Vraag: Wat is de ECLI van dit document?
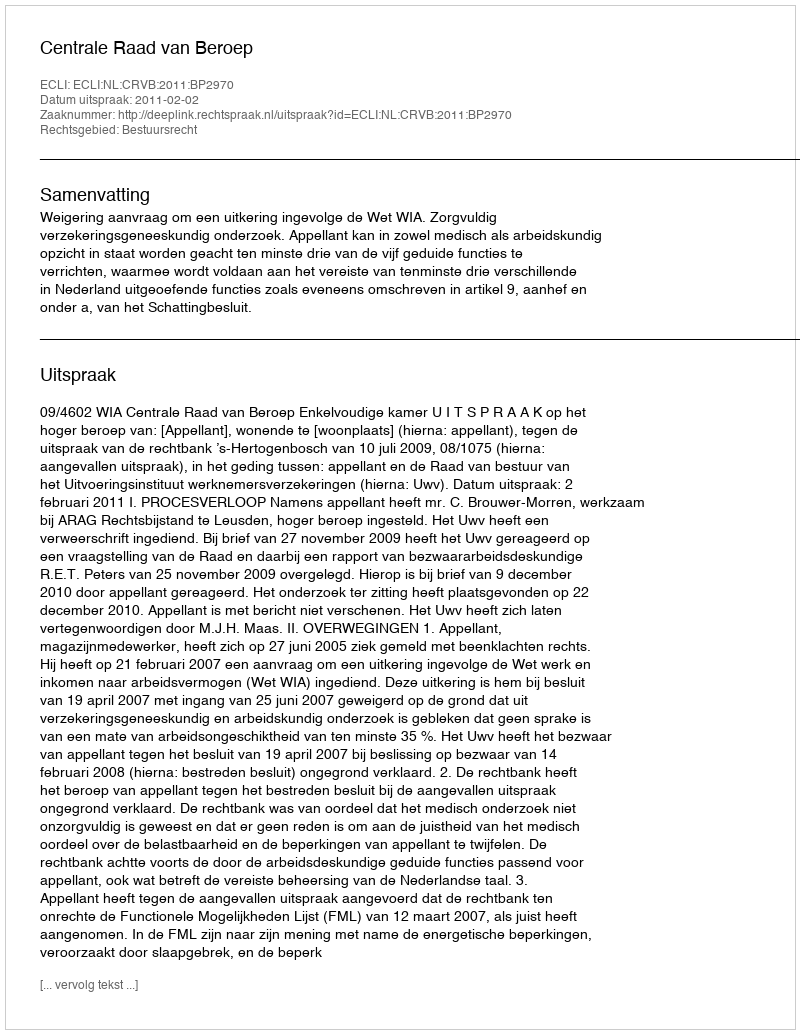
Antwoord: ECLI:NL:CRVB:2011:BP2970